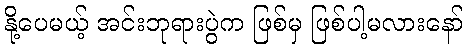
နို့ပေမယ့် အင်းဘုရားပွဲက ဖြစ်မှ ဖြစ်ပါ့မလားနော်